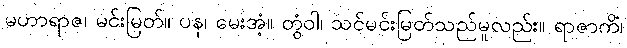
မဟာရာဇ၊ မင်းမြတ်။ ပန၊ မေးအံ့။ တွံဝါ၊ သင်မင်းမြတ်သည်မူလည်း။ ရာဇာကိံ၊